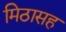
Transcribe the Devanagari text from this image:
मिठासह